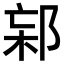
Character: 𨛌